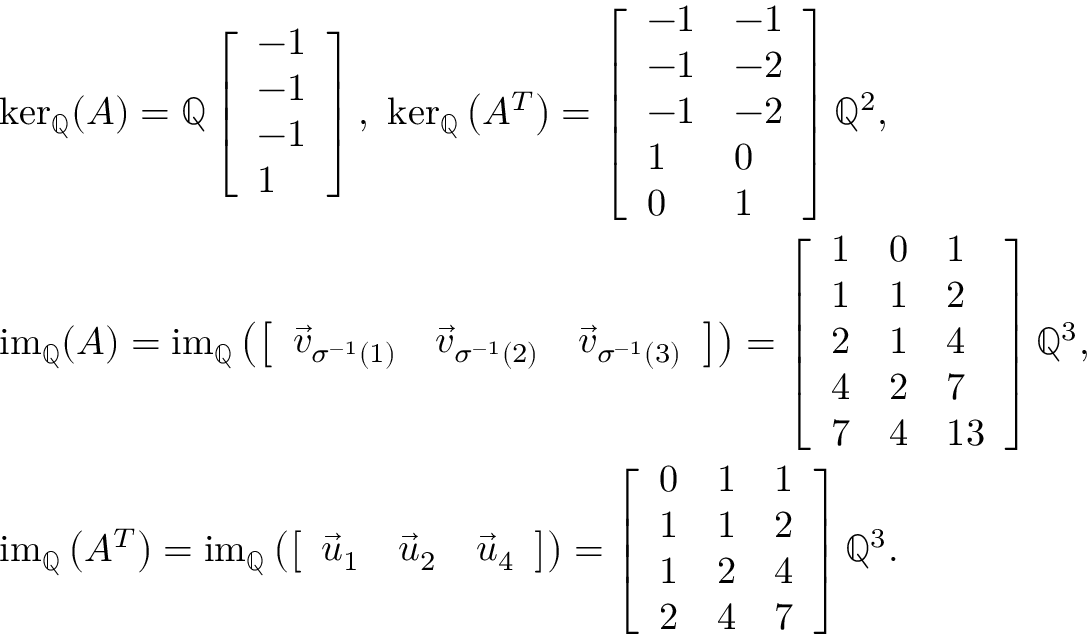
\begin{array} { r l } & { \ker _ { \mathbb { Q } } ( A ) = \operatorname { \mathbb { Q } } \left[ \begin{array} { l } { - 1 } \\ { - 1 } \\ { - 1 } \\ { 1 } \end{array} \right] , \ \ker _ { \mathbb { Q } } \left( A ^ { T } \right) = \left[ \begin{array} { l l } { - 1 } & { - 1 } \\ { - 1 } & { - 2 } \\ { - 1 } & { - 2 } \\ { 1 } & { 0 } \\ { 0 } & { 1 } \end{array} \right] \mathbb { Q } ^ { 2 } , } \\ & { \operatorname { i m } _ { \mathbb { Q } } ( A ) = \operatorname { i m } _ { \mathbb { Q } } \left( \left[ \begin{array} { l l l } { \vec { v } _ { \sigma ^ { - 1 } ( 1 ) } } & { \vec { v } _ { \sigma ^ { - 1 } ( 2 ) } } & { \vec { v } _ { \sigma ^ { - 1 } ( 3 ) } } \end{array} \right] \right) = \left[ \begin{array} { l l l } { 1 } & { 0 } & { 1 } \\ { 1 } & { 1 } & { 2 } \\ { 2 } & { 1 } & { 4 } \\ { 4 } & { 2 } & { 7 } \\ { 7 } & { 4 } & { 1 3 } \end{array} \right] \mathbb { Q } ^ { 3 } , } \\ & { \operatorname { i m } _ { \mathbb { Q } } \left( A ^ { T } \right) = \operatorname { i m } _ { \mathbb { Q } } \left( \left[ \begin{array} { l l l } { \vec { u } _ { 1 } } & { \vec { u } _ { 2 } } & { \vec { u } _ { 4 } } \end{array} \right] \right) = \left[ \begin{array} { l l l } { 0 } & { 1 } & { 1 } \\ { 1 } & { 1 } & { 2 } \\ { 1 } & { 2 } & { 4 } \\ { 2 } & { 4 } & { 7 } \end{array} \right] \mathbb { Q } ^ { 3 } . } \end{array}